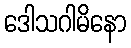
ဒေါသဂါမိနော